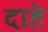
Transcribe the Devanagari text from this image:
दाहे